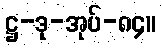
ဋ္ဌ-ဒု-အုပ်-၈၄။